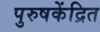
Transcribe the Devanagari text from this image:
पुरुषकेंद्रित